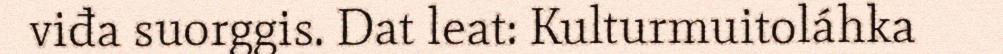
viđa suorggis. Dat leat: Kulturmuitoláhka